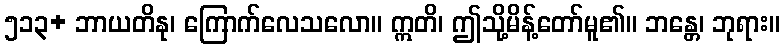
၅၁၃+ ဘာယတိနု၊ ကြောက်လေသလော။ ဣတိ၊ ဤသို့မိန့်တော်မူ၏။ ဘန္တေ၊ ဘုရား။